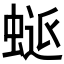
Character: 𮔜